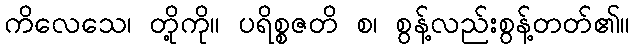
ကိလေသေ၊ တို့ကို။ ပရိစ္စဇတိ စ၊ စွန့်လည်းစွန့်တတ်၏။